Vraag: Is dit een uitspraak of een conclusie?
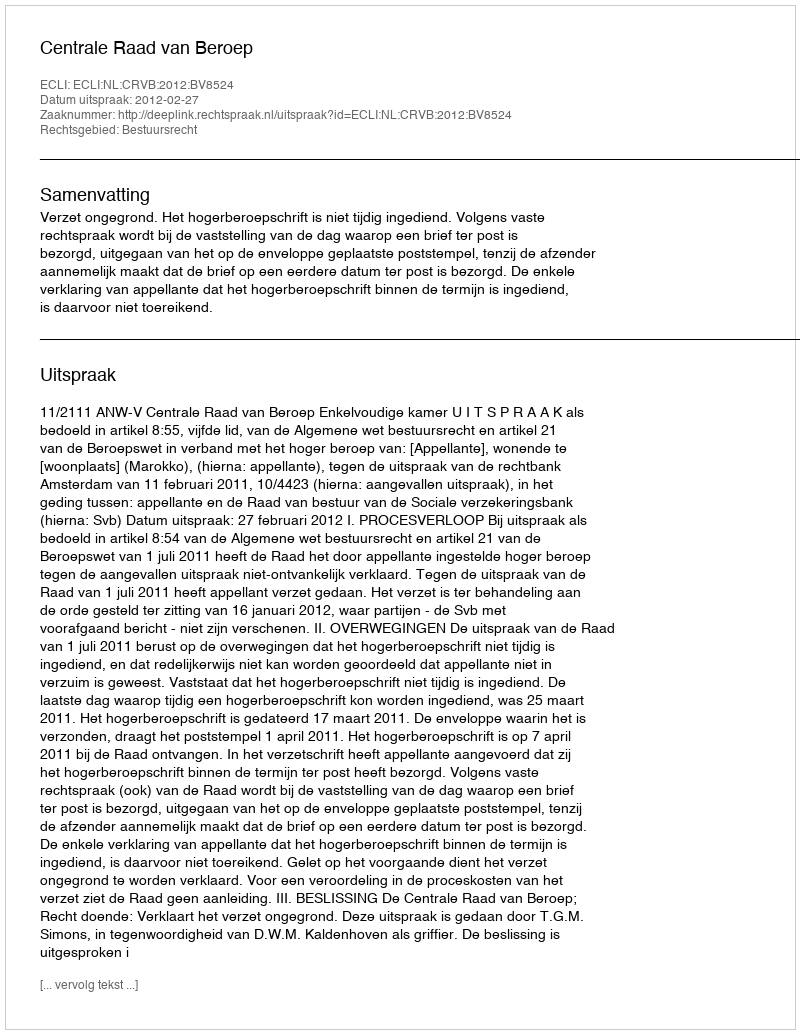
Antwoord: Uitspraak